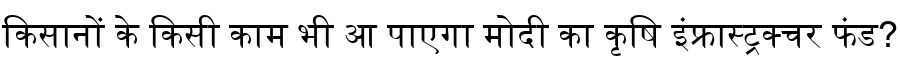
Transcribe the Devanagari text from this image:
किसानों के किसी काम भी आ पाएगा मोदी का कृषि इंफ्रास्ट्रक्चर फंड?